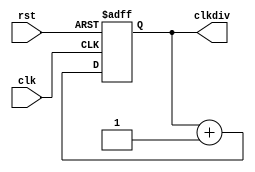
`timescale 1ns / 1ps

module clk_div(
		input clk,
		input rst,
		output reg [31:0] clkdiv
	);

	always @(posedge clk or posedge rst) begin
		if (rst) begin
			clkdiv <= 0;
		end else begin
			clkdiv <= clkdiv + 1'b1;
		end
	end
endmodule